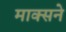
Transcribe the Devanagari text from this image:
माक्सने